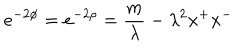
LaTeX: e ^ { - 2 \phi } = e ^ { - 2 \rho } = \frac { m } { \lambda } - \lambda ^ { 2 } x ^ { + } x ^ { - }